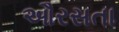
ઔરસતા